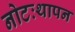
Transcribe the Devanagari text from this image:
नोटःथापन